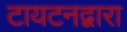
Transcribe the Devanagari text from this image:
टायटनद्वारा